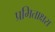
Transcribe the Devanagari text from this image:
प्रमिताक्षरा